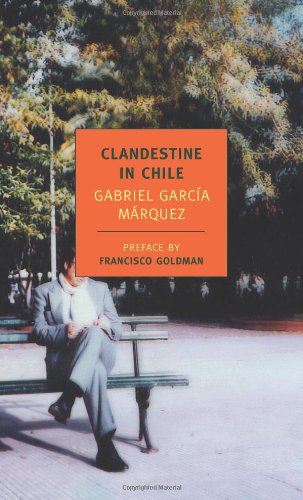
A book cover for Clandestine in Chile: The Adventures of Miguel Littin (New York Review Books Classics); Gabriel GarcÃ­a MÃ¡rquez; Travel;